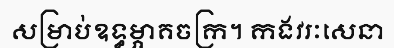
សម្រាប់ឧទ្ធម្ភាគចក្រ។ កងវរៈសេនា